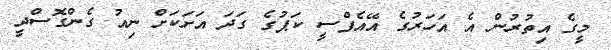
މީގެ އިތުރުން އެ އަހަރުގެ އޭއެފްސީ ކަޕުގެ ގަދަ އަށަކަށް ނިއު ގެންގޮސްދީ